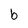
Character: b